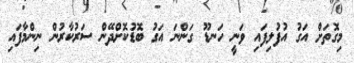
މިގޮތަށް އަގު އުފުލިފައި ވަނީ ހަނޑޫ ގަންނަ އަގު ބޮޑުކޮށްދޭން ސަރުކާރުން ނިންމާފައި